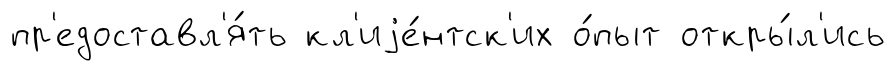
пр'едоставл'я́ть кл'иjе́нтск'их о́пыт откры́л'ись